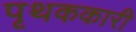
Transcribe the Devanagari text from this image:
पृथककारी